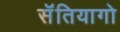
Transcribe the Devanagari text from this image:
सॅंतियागो